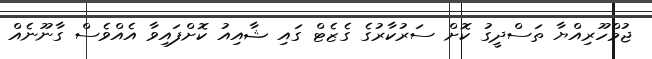
ޖުމްހޫރިއްޔާ ތަސްދީގު ކޮށް ސަރުކާރުގެ ގެޒެޓް ގައި ޝާއިއު ކޮށްފައިވާ އެއްވެސް ގާނޫނެއް